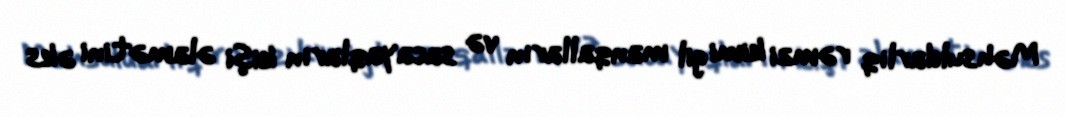
Məhsuldarlıq rəmzi kimi gil manqalların və sacayaqların kişi əlamətini əks